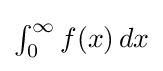
\textstyle \int _{0}^{\infty }f(x)\,dx